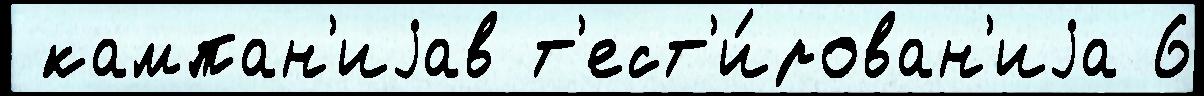
 кампан'иjав т'ест'и́рован'иjа 6